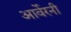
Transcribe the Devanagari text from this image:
आर्वेरनी